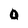
Character: O